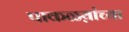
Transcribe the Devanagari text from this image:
पाकळय़ांच्या